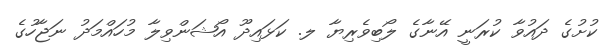
ކުށުގެ ދައުވާ ކުރަނީ އޭނާގެ ލޯބިވެރިޔާ ލ. ކަޅައިދޫ އޯޝަންވިލާ މުހައްމަދު ނަޖާހުގެ